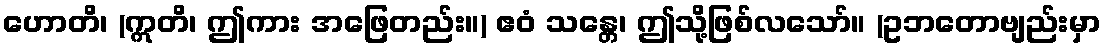
ဟောတိ၊ (ဣတိ၊ ဤကား အဖြေတည်း။) ဧဝံ သန္တေ၊ ဤသို့ဖြစ်လသော်။ (ဥဘတောဗျည်းမှာ